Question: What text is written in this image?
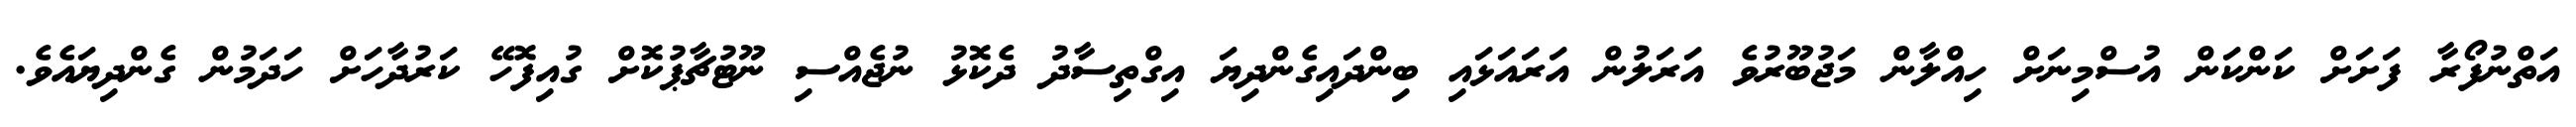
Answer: އަތްނުފޯރާ ފަށަށް ކަންކަން އުސްމިނަށް ހިއްލާން މަޖުބޫރުވެ އަރަލުން އަރައަޅައި ބިންދައިގެންދިޔަ އިގްތިސާދު ދެކޮޅު ނުޖެއްސި ނޫޓުޗާޕުކޮށް ގުއިފޮހޭ ކަރުދާހަށް ހަދަމުން ގެންދިޔައެވެ.